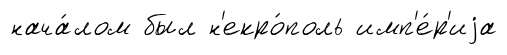
нача́лом был н'екро́поль имп'е́р'иjа